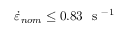
\dot { \varepsilon } _ { n o m } \leq 0 . 8 3 ~ \mathrm { ~ s ~ } ^ { - 1 }